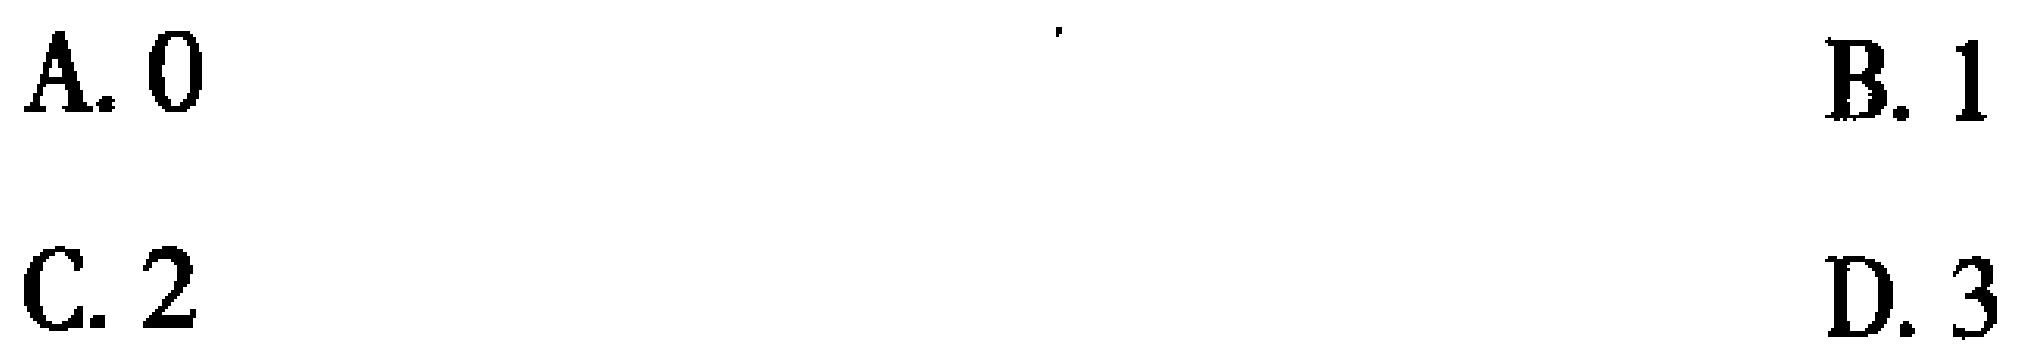
A. \(0\)  B. \(1\)  C. \(2\)  D. \(3\)